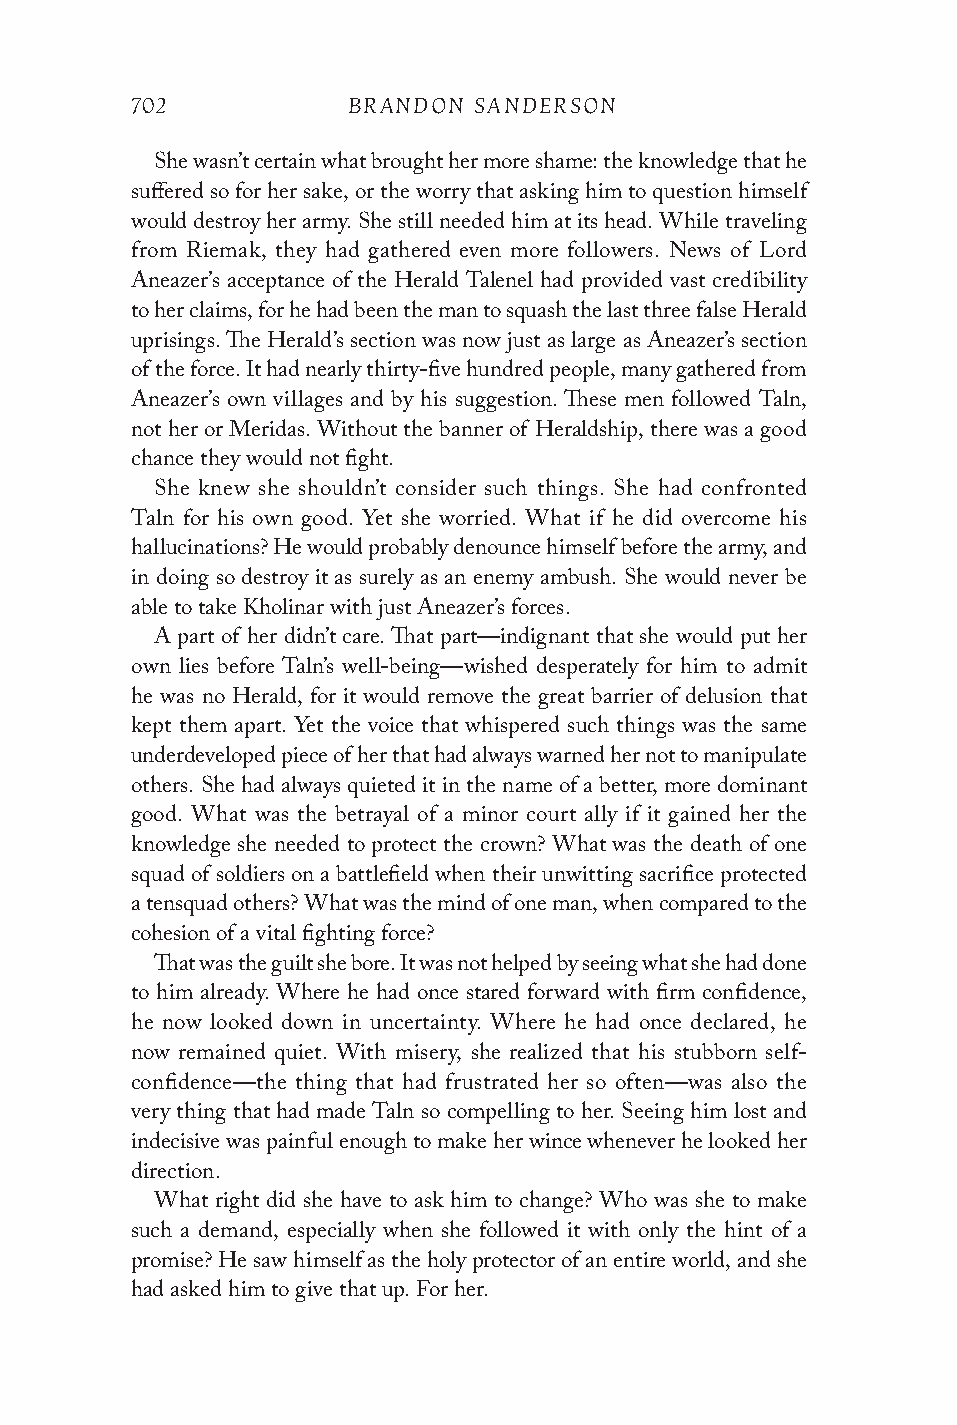
702           BRANDON SANDERSON
 She wasn’t certain what brought her more shame: the knowledge that he
 suffered so for her sake, or the worry that asking him to question himself
 would destroy her army. She still needed him at its head. While traveling
 from Riemak, they had gathered even more followers. News of Lord
 Aneazer’s acceptance of the Herald Talenel had provided vast credibility
 to her claims, for he had been the man to squash the last three false Herald
 uprisings. The Herald’s section was now just as large as Aneazer’s section
 of the force. It had nearly thirty-five hundred people, many gathered from
 Aneazer’s own villages and by his suggestion. These men followed Taln,
 not her or Meridas. Without the banner of Heraldship, there was a good
 chance they would not fight.
 She knew she shouldn’t consider such things. She had confronted
 Taln for his own good. Yet she worried. What if he did overcome his
 hallucinations? He would probably denounce himself before the army, and
 in doing so destroy it as surely as an enemy ambush. She would never be
 able to take Kholinar with just Aneazer’s forces.
 A part of her didn’t care. That part—indignant that she would put her
 own lies before Taln’s well-being—wished desperately for him to admit
 he was no Herald, for it would remove the great barrier of delusion that
 kept them apart. Yet the voice that whispered such things was the same
 underdeveloped piece of her that had always warned her not to manipulate
 others. She had always quieted it in the name of a better, more dominant
 good. What was the betrayal of a minor court ally if it gained her the
 knowledge she needed to protect the crown? What was the death of one
 squad of soldiers on a battlefield when their unwitting sacrifice protected
 a tensquad others? What was the mind of one man, when compared to the
 cohesion of a vital fighting force?
 That was the guilt she bore. It was not helped by seeing what she had done
 to him already. Where he had once stared forward with firm confidence,
 he now looked down in uncertainty. Where he had once declared, he
 now remained quiet. With misery, she realized that his stubborn self-
 confidence—the thing that had frustrated her so often—was also the
 very thing that had made Taln so compelling to her. Seeing him lost and
 indecisive was painful enough to make her wince whenever he looked her
 direction.
 What right did she have to ask him to change? Who was she to make
 such a demand, especially when she followed it with only the hint of a
 promise? He saw himself as the holy protector of an entire world, and she
 had asked him to give that up. For her.